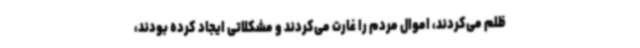
ظلم می‌کردند، اموال مردم را غارت می‌کردند و مشکلاتی ایجاد کرده بودند،